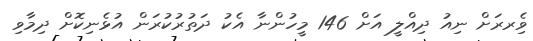
ވެިރރަށް ނިއު ދިއްލީ އަށް 146 މީހުންނާ އެކު ދަތުރުކުރަން އުޅެނިކޮށް ދިމާވި